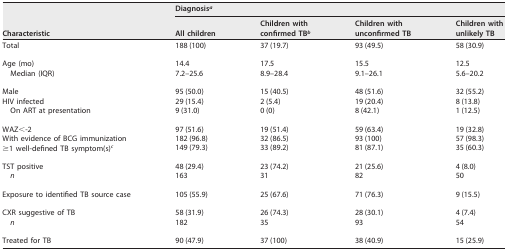
<table><thead><tr><td rowspan="2"><b>Characteristic</b></td><td colspan="4"><b>Diagnosis<sup><i>a</i></sup></b></td></tr><tr><td><b>All children</b></td><td><b>Children with confirmed TB<sup><i>b</i></sup></b></td><td><b>Children with unconfirmed TB</b></td><td><b>Children with unlikely TB</b></td></tr></thead><tbody><tr><td>Total</td><td>188 (100)</td><td>37 (19.7)</td><td>93 (49.5)</td><td>58 (30.9)</td></tr><tr><td>Age (mo)</td><td>14.4</td><td>17.5</td><td>15.5</td><td>12.5</td></tr><tr><td>Median (IQR)</td><td>7.2–25.6</td><td>8.9–28.4</td><td>9.1–26.1</td><td>5.6–20.2</td></tr><tr><td>Male</td><td>95 (50.0)</td><td>15 (40.5)</td><td>48 (51.6)</td><td>32 (55.2)</td></tr><tr><td>HIV infected</td><td>29 (15.4)</td><td>2 (5.4)</td><td>19 (20.4)</td><td>8 (13.8)</td></tr><tr><td>On ART at presentation</td><td>9 (31.0)</td><td>0 (0)</td><td>8 (42.1)</td><td>1 (12.5)</td></tr><tr><td>WAZ&lt;-2</td><td>97 (51.6)</td><td>19 (51.4)</td><td>59 (63.4)</td><td>19 (32.8)</td></tr><tr><td>With evidence of BCG immunization</td><td>182 (96.8)</td><td>32 (86.5)</td><td>93 (100)</td><td>57 (98.3)</td></tr><tr><td>≥1 well-defined TB symptom(s)<sup><i>c</i></sup></td><td>149 (79.3)</td><td>33 (89.2)</td><td>81 (87.1)</td><td>35 (60.3)</td></tr><tr><td>TST positive</td><td>48 (29.4)</td><td>23 (74.2)</td><td>21 (25.6)</td><td>4 (8.0)</td></tr><tr><td><i>n</i></td><td>163</td><td>31</td><td>82</td><td>50</td></tr><tr><td>Exposure to identified TB source case</td><td>105 (55.9)</td><td>25 (67.6)</td><td>71 (76.3)</td><td>9 (15.5)</td></tr><tr><td>CXR suggestive of TB</td><td>58 (31.9)</td><td>26 (74.3)</td><td>28 (30.1)</td><td>4 (7.4)</td></tr><tr><td><i>n</i></td><td>182</td><td>35</td><td>93</td><td>54</td></tr><tr><td>Treated for TB</td><td>90 (47.9)</td><td>37 (100)</td><td>38 (40.9)</td><td>15 (25.9)</td></tr></tbody></table>